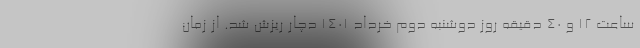
ساعت ۱۲ و ۴۰ دقیقه روز دوشنبه دوم خرداد ۱۴۰۱ دچار ریزش شد. از زمان